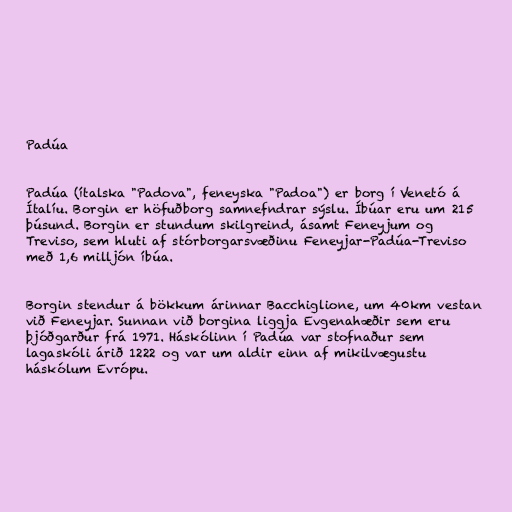
Padúa

Padúa (ítalska "Padova", feneyska "Padoa") er borg í Venetó á
Ítalíu. Borgin er höfuðborg samnefndrar sýslu. Íbúar eru um 215
þúsund. Borgin er stundum skilgreind, ásamt Feneyjum og
Treviso, sem hluti af stórborgarsvæðinu Feneyjar-Padúa-Treviso
með 1,6 milljón íbúa.

Borgin stendur á bökkum árinnar Bacchiglione, um 40km vestan
við Feneyjar. Sunnan við borgina liggja Evgenahæðir sem eru
þjóðgarður frá 1971. Háskólinn í Padúa var stofnaður sem
lagaskóli árið 1222 og var um aldir einn af mikilvægustu
háskólum Evrópu.